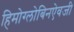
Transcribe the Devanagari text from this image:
हिमोग्लोबिनऐवजी